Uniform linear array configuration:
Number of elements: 64
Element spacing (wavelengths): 1
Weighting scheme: hann
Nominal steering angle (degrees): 60
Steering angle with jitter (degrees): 61.149
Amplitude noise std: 0.05
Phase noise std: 0.05

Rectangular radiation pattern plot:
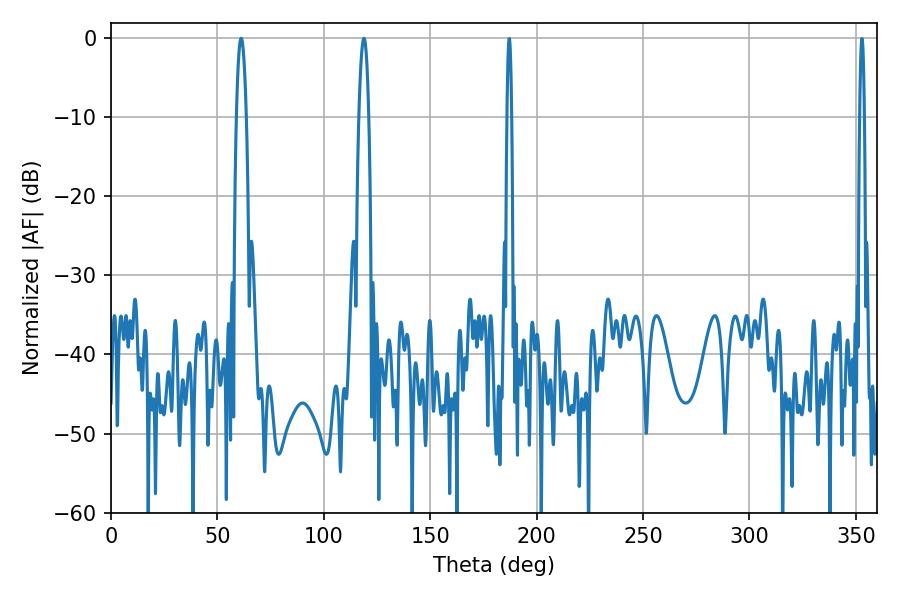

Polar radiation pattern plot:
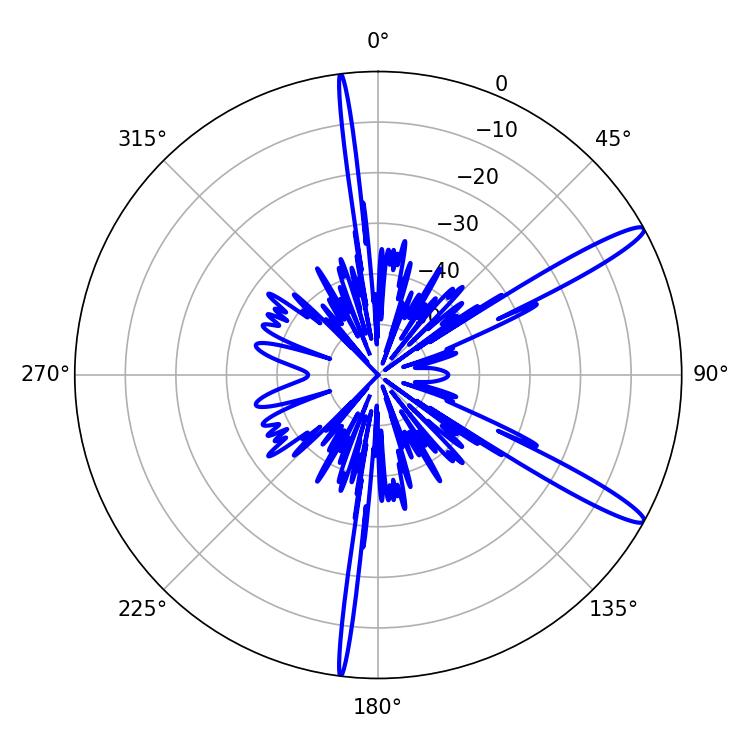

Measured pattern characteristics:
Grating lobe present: TRUE
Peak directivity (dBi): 13.989
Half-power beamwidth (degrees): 2.52
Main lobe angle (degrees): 61.2